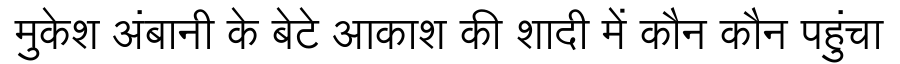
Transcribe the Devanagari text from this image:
मुकेश अंबानी के बेटे आकाश की शादी में कौन कौन पहुंचा